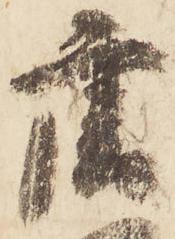
唐